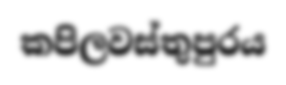
කපිලවස්තුපුරය